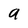
Character: a